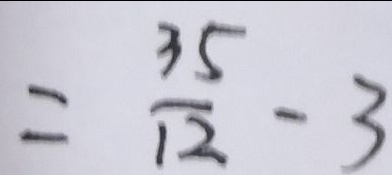
= \frac { 3 5 } { 1 2 } - 3